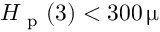
H _ { \mathrm { ~ p ~ } } ( 3 ) < 3 0 0 \, \upmu